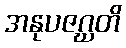
အနုပဇဂ္ဃတိ